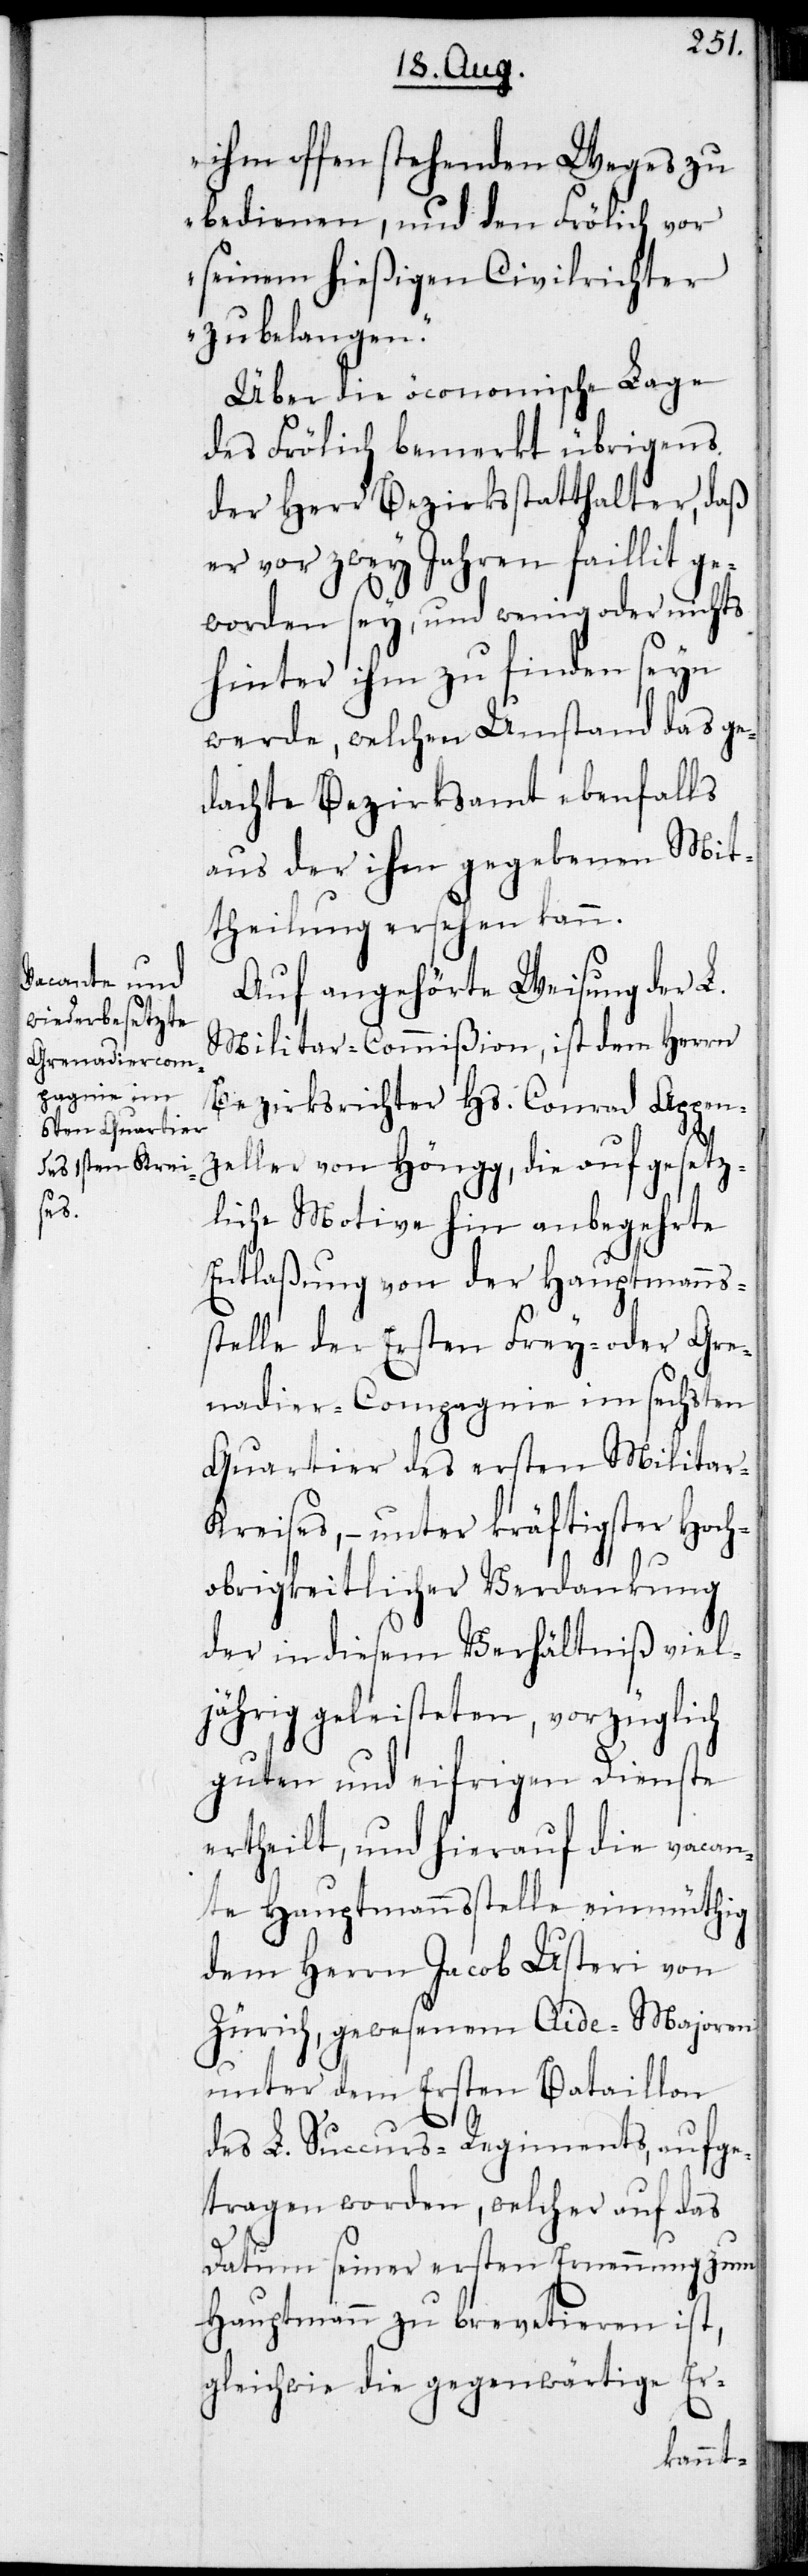
ihm offen stehenden Weges zu
bedienen, und den Frölich vor
seinem hießigen Civilrichter
zu belangen.“
Über die öconomische Lage
des Frölich bemerkt übrigens
der Herr Bezirksstatthalter, daß
er vor zwey Jahren faillit ge¬
worden sey, und wenig oder nichts
hinter ihm zu finden seyn
werde, welchen Umstand das ge¬
dachte Bezirksamt ebenfalls
aus der ihm gegebenen Mit¬
theilung ersehen kann.
Auf angehörte Weisung der L.
Militar-Commißion, ist dem Herrn
Bezirksrichter Hs. Conrad Appen¬
zeller von Höngg, die auf gesetz¬
liche Motive hin anbegehrte
Entlaßung von der Hauptmanns¬
stelle der Ersten Frey- oder Gre¬
nadier-Compagnie im sechsten
Quartier des ersten Militar-K¬
reises, – unter kräftigster Hoch¬
obrigkeitlicher Verdankung
der in diesem Verhältniß viel¬
jährig geleisteten, vorzüglich
guten und eifrigen Dienste
ertheilt, und hierauf die vacan¬
te Hauptmannsstelle einmüthig
dem Herrn Jacob Usteri von
Zürich, gewesenem Aide-Majoren
unter dem Ersten Bataillon
des L. Succurs-Regiments, aufge¬
tragen worden, welcher auf das
Datum seiner ersten Ernennung zum
Hauptmann zu brevetieren ist,
gleichwie die gegenwärtige Er-